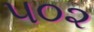
૫૦૨